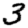
Digit: 3